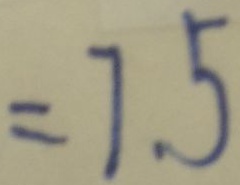
= 7 . 5